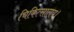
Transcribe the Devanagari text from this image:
चिकित्सालय।